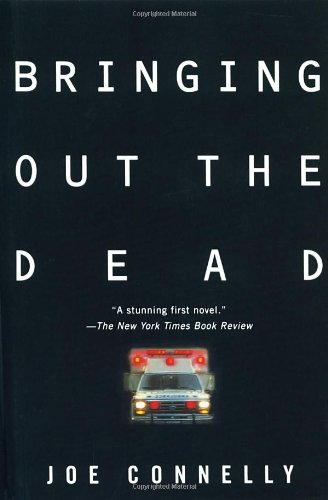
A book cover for Bringing Out the Dead; Joe Connelly; Mystery, Thriller & Suspense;